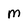
Character: M